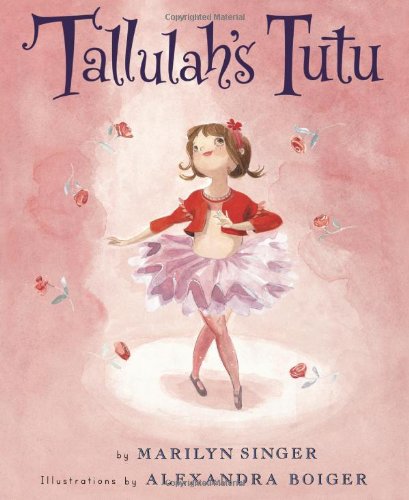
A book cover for Tallulah's Tutu; Marilyn Singer; Children's Books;